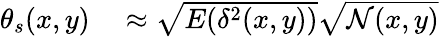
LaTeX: \begin{array}{rl}{\theta_{s}(x,y)}&{{}\approx\sqrt{E(\delta^{2}(x,y))}\sqrt{\mathcal{N}(x,y)}}\end{array}